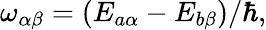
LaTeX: \begin{array}{r}{\omega_{\alpha\beta}=({E_{a\alpha}-E_{b\beta}})/{\hbar},}\end{array}